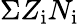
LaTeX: \Sigma Z_{\mathrm{i}}N_{\mathrm{i}}